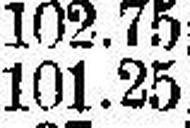
101.25